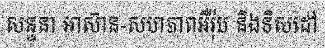
សន្ទនា អាស៊ាន-សហភាពអឺរ៉ុប និងទិសដៅ